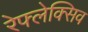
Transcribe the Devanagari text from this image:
रेफ्लेक्सिव